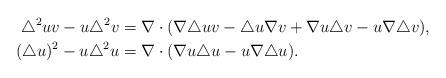
LaTeX: \begin{align*}\triangle^2uv-u\triangle^2v&=\nabla\cdot(\nabla\triangle uv-\triangle u\nabla v+\nabla u\triangle v-u\nabla\triangle v),\\(\triangle u)^2-u\triangle^2u&=\nabla\cdot(\nabla u\triangle u-u\nabla\triangle u).\end{align*}